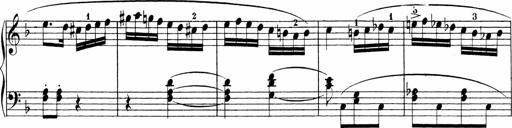
Title: Sonatinen Op.47, 98 und 136, nebst 6 Liedersonatinen
Composer: Carl Reinecke